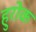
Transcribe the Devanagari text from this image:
हुरोक